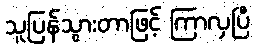
သူပြန်သွားတာဖြင့် ကြာလှပြီ